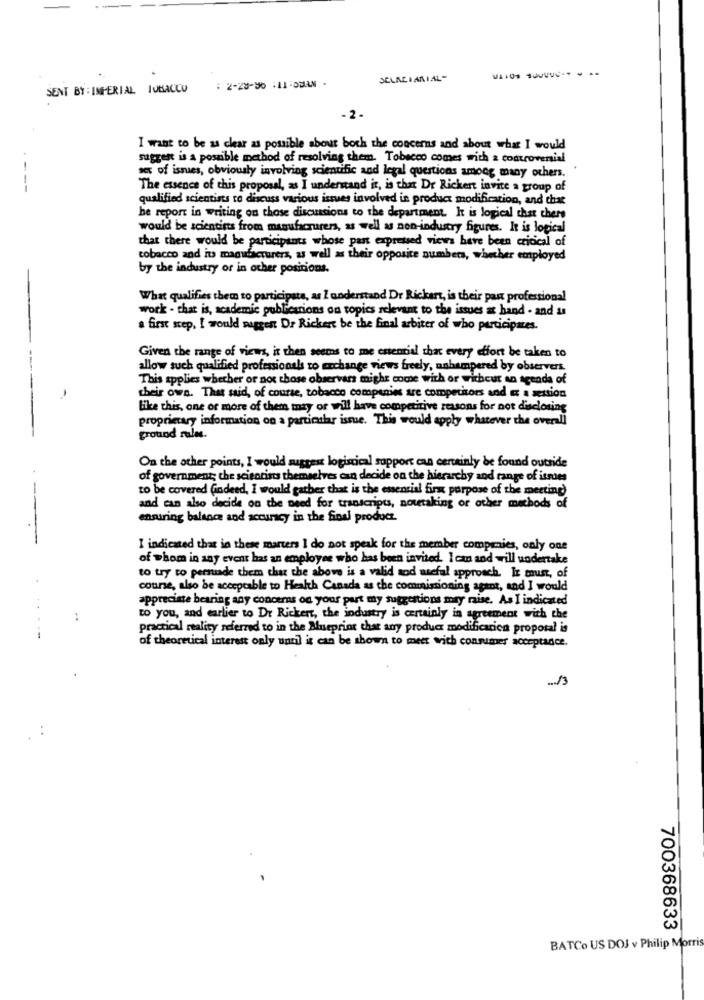
SELALIANIAL-
SENT BY : IMPERIAL TOBACCO
: 2-28-96 :11-0MAN.
I want to be as clear as possible about both the concerns and about what I would
suggest is a possible method of resolving them. Tobacco comes with a controversial
as of ismes, obviously involving scientific and legal questions among many others.
---
The essence of this proposal, as I understand it, is that Dr Rickert invite a group of
qualified scientists to discuss various issues involved in product modification, and that
he report in writing on those discussions to the department. It is logical that there
would be scientists from manufacturers, as well as non-industry figures. It is logical
that there would be participants whose pant expressed views have been critical of
tobacco and its manufacturers, as well as their opposite numbers, whether employed
by the industry or in other positions.
What qualifies them to participate, as I understand Dr Rickert, is their past professional
work - that is, academic publications on topics relevant to the issues at hand - and a
a first step, I would suggest Dr Rickert be the final arbiter of who participantes.
Given the range of views, it then seems to me essencial that every effort be taken to
allow such qualified professionals to change views freely, unhampered by observers.
This applies whether or not chose observars might come with or without an agenda of
their own. That said, of course, tobacco companies are competitors and et a sextion
like this, one or more of them inty or will have competitive reasons for not disclosing
proprietary information on a particular issue. This would apply whatever the overall
ground rules.
On the other points, I would suggest logistical support can certainly be found outside
of government; che scientists themselves can decide on the hierarchy and range of isses
to be covered (indeed, I would gather that is the essential firm purpose of the meeting)
and can also decide on the need for transcripts, nowtaking or other methods of
ensuring balance and accuracy in the final product.
----
I indicated that in these marters I do not speak for the member companies, only one
of whom in any event has an employee who has been invited. I can and will undertake
to try to persuade them that the above is a valid aod asefal approach. It must, of
course, also be acceptable to Health Canada as che commissioning agent, and I would
appreciate bearing any concerns on your part my suggestions may rise. As I indicated
..
to you, and earlier to Dr Rickert, the industry is certainly in agreement with the
practical reality referred to in the Mueprior that any product modificarica proposal is
...---
of theoretical interest only until it can be shown to meet with consumer acceptance.
... /3
700368633
BATCo US DOJ v Philip Morris